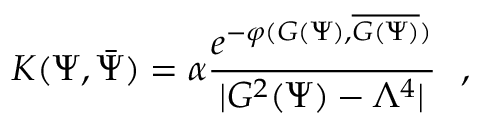
{ K } ( \Psi , \bar { \Psi } ) = \alpha { \frac { e ^ { - \varphi ( { \cal G } ( \Psi ) , \overline { { { { \cal G } ( \Psi ) } } } ) } } { | { \cal G } ^ { 2 } ( \Psi ) - \Lambda ^ { 4 } | } } \ \ ,